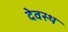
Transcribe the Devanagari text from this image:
देवस्थ